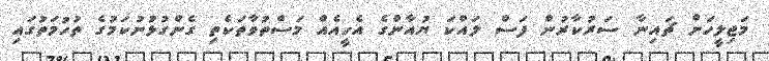
މަޖިލީހަށް ޗައިނާ ސަރުކާރުން ފަސް ލައްކަ ޔުއާންގެ އެހީއެއް މަސްތުވާތަކެތި ގެންގުޅުނުކަމުގެ ތުހުމަތުގައި